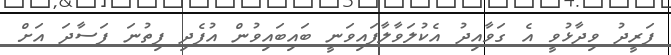
ފަރީދު ވިދާޅުވީ އެ ގަވާއިދު އެކުލަވާލާފައިވަނީ ބައިބައިވުން އުފެދި ފިތުނަ ފަސާދަ އަށް